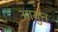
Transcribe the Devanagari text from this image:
आयुत